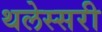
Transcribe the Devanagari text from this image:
थलेस्सरी